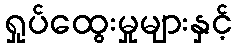
ရှုပ်ထွေးမှုများနှင့်